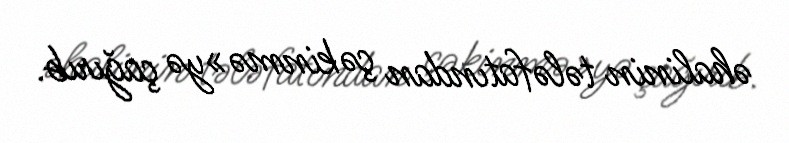
əhalinin tələfatından çəkinmə»yə çağırıb.